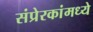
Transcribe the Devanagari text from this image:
संप्रेरकांमध्ये